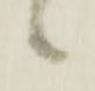
候